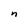
Character: n